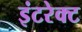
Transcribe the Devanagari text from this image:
इंटरेक्ट